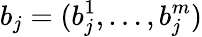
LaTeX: b_{j}=(b_{j}^{1},\ldots,b_{j}^{m})